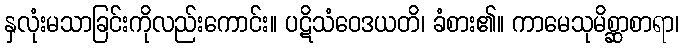
နှလုံးမသာခြင်းကိုလည်းကောင်း။ ပဋိသံဝေဒယတိ၊ ခံစား၏။ ကာမေသုမိစ္ဆာစာရာ၊